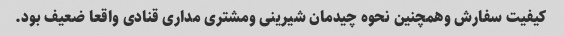
کیفیت سفارش وهمچنین نحوه چیدمان شیرینی ومشتری مداری قنادی واقعا ضعیف بود.